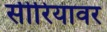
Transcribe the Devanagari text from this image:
सीरियावर